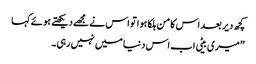
کچھ دیر بعد اس کا من ہلکا ہوا تو اس نے مجھے دیکھتے ہوئے کہا
”میری بیٹی اب اس دنیا میں نہیں رہی۔